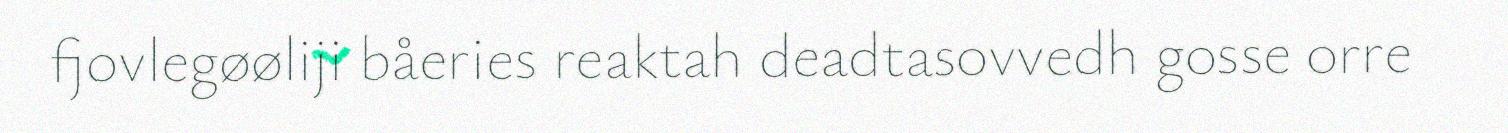
fjovlegøøliji båeries reaktah deadtasovvedh gosse orre